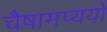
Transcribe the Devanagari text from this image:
चैषामप्ययो